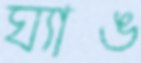
ঘ্যাঙ